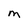
Character: m